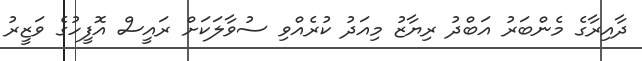
ދާއިރާގެ މެންބަރު އަބްދު ރިޔާޒު މިއަދު ކުރެއްވި ސުވާލަކަށް ރައީސް އޮފީހުގެ ވަޒީރު